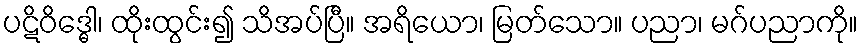
ပဋိဝိဒ္ဓေါ၊ ထိုးထွင်း၍ သိအပ်ပြီ။ အရိယော၊ မြတ်သော။ ပညာ၊ မဂ်ပညာကို။